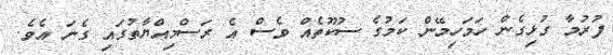
ފުރުމާ ގުޅިގެން ހަމަހިމޭން ކަމުގެ ސުކޫތެއް ވެސް އެ ރަސްމިއްޔާތުގައި ގެނަ އެވެ.